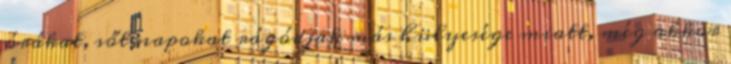
órákat, sőt napokat rágódjak más hülyesége miatt, még akkor